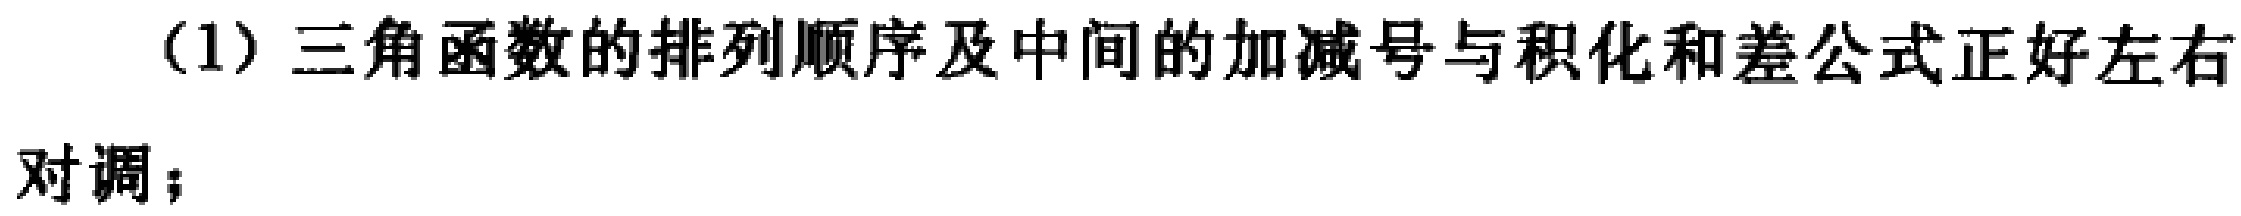
(1) 三角函数的排列顺序及中间的加减号与积化和差公式正好左右对调；